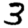
Digit: 3